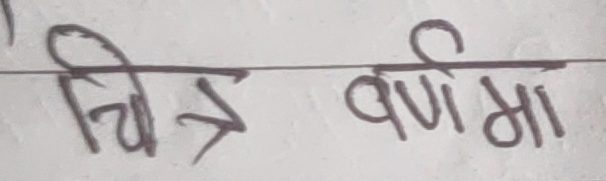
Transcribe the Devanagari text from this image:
चित्र वर्णमा